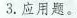
3.应用题。